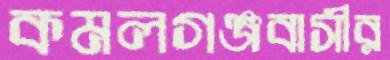
কমলগঞ্জবাসীর